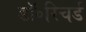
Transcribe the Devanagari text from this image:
डॉ॰रिचर्ड